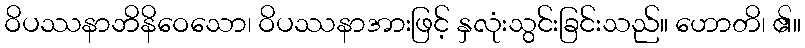
ဝိပဿနာဘိနိဝေသော၊ ဝိပဿနာအားဖြင့် နှလုံးသွင်းခြင်းသည်။ ဟောတိ၊ ၏။